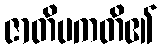
ဇာတိပကတိ၏